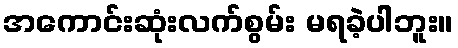
အကောင်းဆုံးလက်စွမ်း မရခဲ့ပါဘူး။